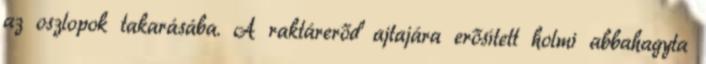
az oszlopok takarásába. A raktárerőd ajtajára erősített holmi abbahagyta